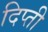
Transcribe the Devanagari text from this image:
दिप्ती